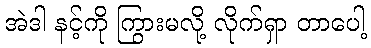
အဲဒါ နင့်ကို ကြွားမလို့ လိုက်ရှာ တာပေါ့